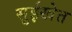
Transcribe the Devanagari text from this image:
सुईखेत